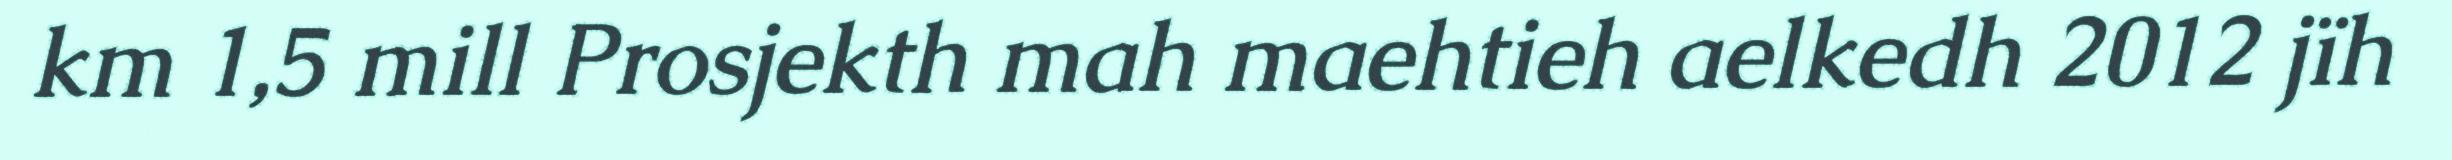
km 1,5 mill Prosjekth mah maehtieh aelkedh 2012 jïh